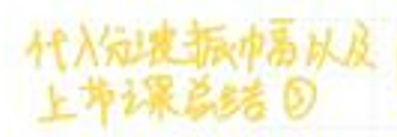
代入分振动幅及上节课总结 $\textcircled{3}$